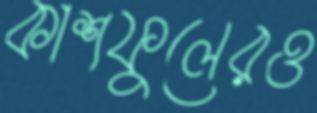
কাশফুলেরও